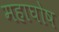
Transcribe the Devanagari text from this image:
महाघोष